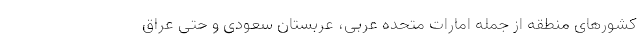
کشورهای منطقه از جمله امارات متحده عربی، عربستان سعودی و حتی عراق